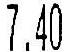
7.40